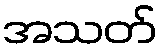
အသတ်